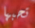
تحبها